Punjab Mental Hospital Lahore 1932-46 - 1932-1946
Year: 1932
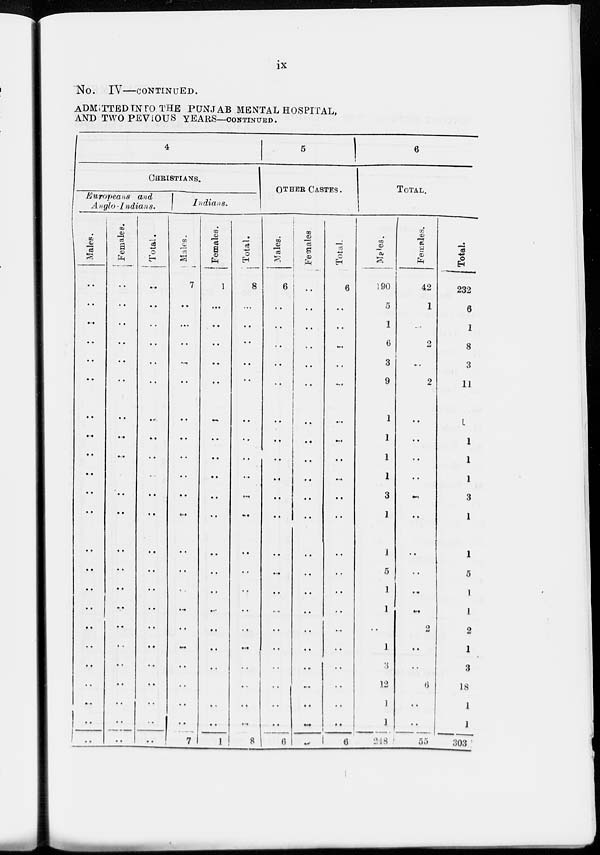
ix
No.
IV—CONTINUED.
ADMITTED INTO THE PUNJAB MENTAL HOSPITAL,
AND TWO PREVIOUS YEARS—CONTINUED.
4
CHRISTIANS.
Europeans and
Anglo-Indians.
Males.
..
..
..
..
..
..
..
..
..
..
..
..
..
..
..
..
..
..
..
..
..
..
..
Females.
..
..
..
..
..
..
..
..
..
..
..
..
..
..
..
..
..
..
..
..
..
..
..
Total.
..
..
..
..
..
..
..
..
..
..
..
..
..
..
..
..
..
..
..
..
..
..
..
Indians.
Males.
7
..
..
..
..
..
..
..
..
..
..
..
. .
. .
..
..
..
..
..
..
..
..
7
Females.
1
..
..
..
..
..
..
..
..
..
..
..
..
..
..
..
..
..
..
..
..
..
1
Total.
8
..
..
..
..
..
..
..
..
..
..
..
..
..
..
..
..
..
..
..
..
8
5
OTHER CASTES.
Males.
6
..
..
..
..
..
..
..
..
..
..
..
..
..
..
..
..
..
..
..
..
..
6
Females
..
..
..
..
..
..
..
..
..
..
..
..
..
..
..
..
..
..
..
..
..
..
..
Total.
6
..
..
..
..
..
..
..
..
..
..
..
..
..
..
..
..
..
..
..
..
..
6
6
TOTAL.
Males.
190
5
1
6
3
9
1
1
1
1
3
1
1
5
1
1
..
1
3
12
1
1
248
Females.
42
1
..
2
..
2
..
..
..
..
..
..
..
..
..
..
2
..
..
6
..
..
55
Total.
232
6
1
8
3
11
1
1
1
1
3
1
1
5
1
1
2
1
3
18
1
1
303